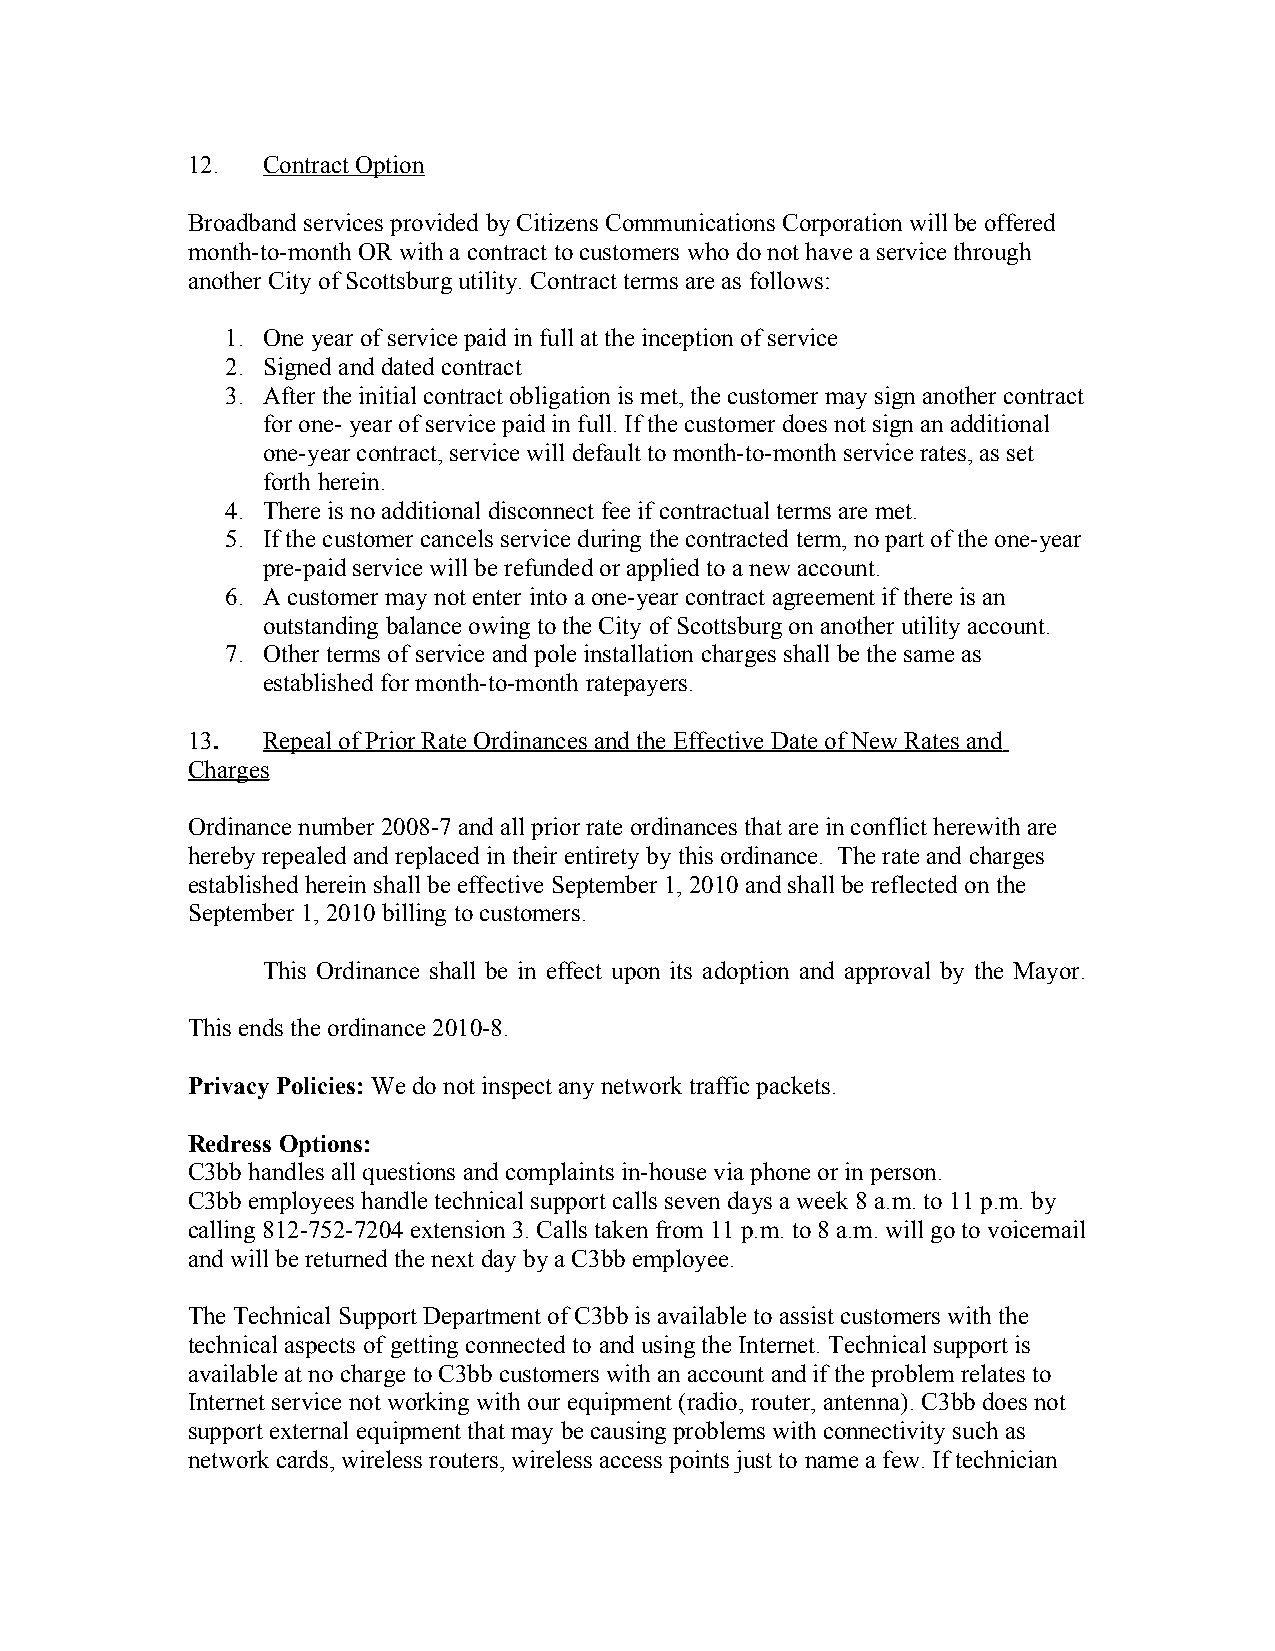
12.  Contract Option
 Broadband services provided by Citizens Communications Corporation will be offered
 month-to-month OR with a contract to customers who do not have a service through
 another City of Scottsburg utility. Contract terms are as follows:
 1. One year of service paid in full at the inception of service
 2. Signed and dated contract
 3. After the initial contract obligation is met, the customer may sign another contract
 for one- year of service paid in full. If the customer does not sign an additional
 one-year contract, service will default to month-to-month service rates, as set
 forth herein.
 4. There is no additional disconnect fee if contractual terms are met.
 5. If the customer cancels service during the contracted term, no part of the one-year
 pre-paid service will be refunded or applied to a new account.
 6. A customer may not enter into a one-year contract agreement if there is an
 outstanding balance owing to the City of Scottsburg on another utility account.
 7. Other terms of service and pole installation charges shall be the same as
 established for month-to-month ratepayers.
 13.  Repeal of Prior Rate Ordinances and the Effective Date of New Rates and
 Charges
 Ordinance number 2008-7 and all prior rate ordinances that are in conflict herewith are
 hereby repealed and replaced in their entirety by this ordinance. The rate and charges
 established herein shall be effective September 1, 2010 and shall be reflected on the
 September 1, 2010 billing to customers.
 This Ordinance shall be in effect upon its adoption and approval by the Mayor.
 This ends the ordinance 2010-8.
 Privacy Policies: We do not inspect any network traffic packets.
 Redress Options:
 C3bb handles all questions and complaints in-house via phone or in person.
 C3bb employees handle technical support calls seven days a week 8 a.m. to 11 p.m. by
 calling 812-752-7204 extension 3. Calls taken from 11 p.m. to 8 a.m. will go to voicemail
 and will be returned the next day by a C3bb employee.
 The Technical Support Department of C3bb is available to assist customers with the
 technical aspects of getting connected to and using the Internet. Technical support is
 available at no charge to C3bb customers with an account and if the problem relates to
 Internet service not working with our equipment (radio, router, antenna). C3bb does not
 support external equipment that may be causing problems with connectivity such as
 network cards, wireless routers, wireless access points just to name a few. If technician